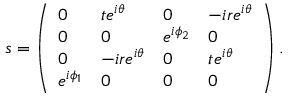
s = \left( \begin{array} { l l l l } { 0 } & { t e ^ { i \theta } } & { 0 } & { - i r e ^ { i \theta } } \\ { 0 } & { 0 } & { e ^ { i \phi _ { 2 } } } & { 0 } \\ { 0 } & { - i r e ^ { i \theta } } & { 0 } & { t e ^ { i \theta } } \\ { e ^ { i \phi _ { 1 } } } & { 0 } & { 0 } & { 0 } \end{array} \right) .